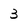
Character: 3